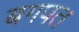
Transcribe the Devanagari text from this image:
बगपत